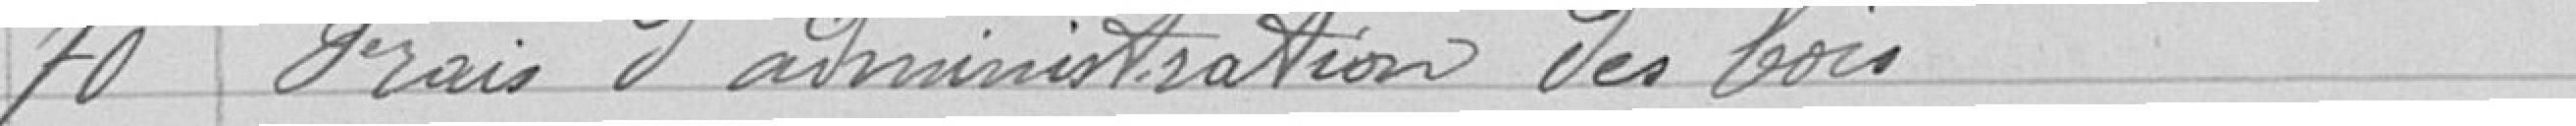
70 Frias d'administration des bois